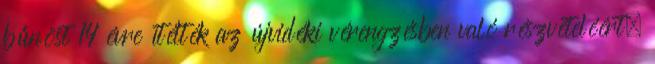
bűnöst 14 évre ítélték az újvidéki vérengzésben való részvételéért,